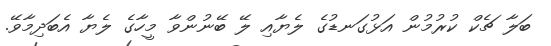
ބަލާ ޗެކް ކުރުމުން އަޅުގަނޑުގެ ލެޔާއި ލޭ ބޭނުންވާ މީހާގެ ލެޔާ އެބަދިމާވޭ.